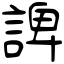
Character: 諀